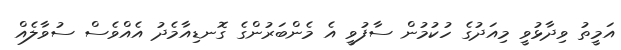
އަމީތު ވިދާޅުވީ މިއަދުގެ ހުކުމުން ސާފުވީ އެ މެންބަރުންގެ ގޮނޑިއާމެދު އެއްވެސް ސުވާލެއް